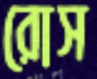
রোস